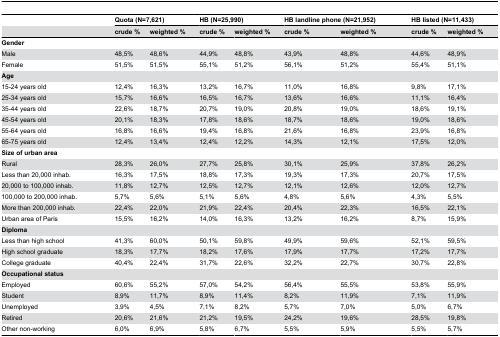
<table><thead><tr><td></td><td colspan="2"><b>Quota (N=7,621)</b></td><td colspan="2"><b>HB (N=25,990)</b></td><td colspan="2"><b>HB landline phone (N=21,952)</b></td><td colspan="2"><b>HB listed (N=11,433)</b></td></tr><tr><td></td><td><b>crude % </b></td><td><b>weighted % </b></td><td><b>crude % </b></td><td><b>weighted % </b></td><td><b>crude % </b></td><td><b>weighted % </b></td><td><b>crude % </b></td><td><b>weighted % </b></td></tr></thead><tbody><tr><td><b>Gender</b></td><td></td><td></td><td></td><td></td><td></td><td></td><td></td><td></td></tr><tr><td>Male</td><td>48,5%</td><td>48,6%</td><td>44,9%</td><td>48,8%</td><td>43,9%</td><td>48,8%</td><td>44,6%</td><td>48,9%</td></tr><tr><td>Female</td><td>51,5%</td><td>51,5%</td><td>55,1%</td><td>51,2%</td><td>56,1%</td><td>51,2%</td><td>55,4%</td><td>51,1%</td></tr><tr><td><b>Age</b></td><td></td><td></td><td></td><td></td><td></td><td></td><td></td><td></td></tr><tr><td>15-24 years old</td><td>12,4%</td><td>16,3%</td><td>13,2%</td><td>16,7%</td><td>11,0%</td><td>16,8%</td><td>9,8%</td><td>17,1%</td></tr><tr><td>25-34 years old</td><td>15,7%</td><td>16,6%</td><td>16,5%</td><td>16,7%</td><td>13,6%</td><td>16,6%</td><td>11,1%</td><td>16,4%</td></tr><tr><td>35-44 years old</td><td>22,6%</td><td>18,7%</td><td>20,7%</td><td>19,0%</td><td>20,8%</td><td>19,0%</td><td>18,6%</td><td>19,1%</td></tr><tr><td>45-54 years old</td><td>20,1%</td><td>18,3%</td><td>17,8%</td><td>18,6%</td><td>18,7%</td><td>18,6%</td><td>19,0%</td><td>18,6%</td></tr><tr><td>55-64 years old</td><td>16,8%</td><td>16,6%</td><td>19,4%</td><td>16,8%</td><td>21,6%</td><td>16,8%</td><td>23,9%</td><td>16,8%</td></tr><tr><td>65-75 years old</td><td>12,4%</td><td>13,4%</td><td>12,4%</td><td>12,2%</td><td>14,3%</td><td>12,1%</td><td>17,5%</td><td>12,0%</td></tr><tr><td><b>Size of urban area</b></td><td></td><td></td><td></td><td></td><td></td><td></td><td></td><td></td></tr><tr><td>Rural</td><td>28,3%</td><td>26,0%</td><td>27,7%</td><td>25,8%</td><td>30,1%</td><td>25,9%</td><td>37,8%</td><td>26,2%</td></tr><tr><td>Less than 20,000 inhab.</td><td>16,3%</td><td>17,5%</td><td>18,8%</td><td>17,3%</td><td>19,3%</td><td>17,3%</td><td>20,7%</td><td>17,5%</td></tr><tr><td>20,000 to 100,000 inhab.</td><td>11,8%</td><td>12,7%</td><td>12,5%</td><td>12,7%</td><td>12,1%</td><td>12,6%</td><td>12,0%</td><td>12,7%</td></tr><tr><td>100,000 to 200,000 inhab.</td><td>5,7%</td><td>5,6%</td><td>5,1%</td><td>5,6%</td><td>4,8%</td><td>5,6%</td><td>4,3%</td><td>5,5%</td></tr><tr><td>More than 200,000 inhab.</td><td>22,4%</td><td>22,0%</td><td>21,9%</td><td>22,4%</td><td>20,4%</td><td>22,3%</td><td>16,5%</td><td>22,1%</td></tr><tr><td>Urban area of Paris</td><td>15,5%</td><td>16,2%</td><td>14,0%</td><td>16,3%</td><td>13,2%</td><td>16,2%</td><td>8,7%</td><td>15,9%</td></tr><tr><td><b>Diploma</b></td><td></td><td></td><td></td><td></td><td></td><td></td><td></td><td></td></tr><tr><td>Less than high school</td><td>41,3%</td><td>60,0%</td><td>50,1%</td><td>59,8%</td><td>49,9%</td><td>59,6%</td><td>52,1%</td><td>59,5%</td></tr><tr><td>High school graduate</td><td>18,3%</td><td>17,7%</td><td>18,2%</td><td>17,6%</td><td>17,9%</td><td>17,7%</td><td>17,2%</td><td>17,7%</td></tr><tr><td>College graduate</td><td>40,4%</td><td>22,4%</td><td>31,7%</td><td>22,6%</td><td>32,2%</td><td>22,7%</td><td>30,7%</td><td>22,8%</td></tr><tr><td><b>Occupational status</b></td><td></td><td></td><td></td><td></td><td></td><td></td><td></td><td></td></tr><tr><td>Employed</td><td>60,6%</td><td>55,2%</td><td>57,0%</td><td>54,2%</td><td>56,4%</td><td>55,5%</td><td>53,8%</td><td>55,9%</td></tr><tr><td>Student</td><td>8,9%</td><td>11,7%</td><td>8,9%</td><td>11,4%</td><td>8,2%</td><td>11,9%</td><td>7,1%</td><td>11,9%</td></tr><tr><td>Unemployed</td><td>3,9%</td><td>4,5%</td><td>7,1%</td><td>8,2%</td><td>5,7%</td><td>7,0%</td><td>5,0%</td><td>6,7%</td></tr><tr><td>Retired</td><td>20,6%</td><td>21,6%</td><td>21,2%</td><td>19,5%</td><td>24,2%</td><td>19,6%</td><td>28,5%</td><td>19,8%</td></tr><tr><td>Other non-working</td><td>6,0%</td><td>6,9%</td><td>5,8%</td><td>6,7%</td><td>5,5%</td><td>5,9%</td><td>5,5%</td><td>5,7%</td></tr></tbody></table>